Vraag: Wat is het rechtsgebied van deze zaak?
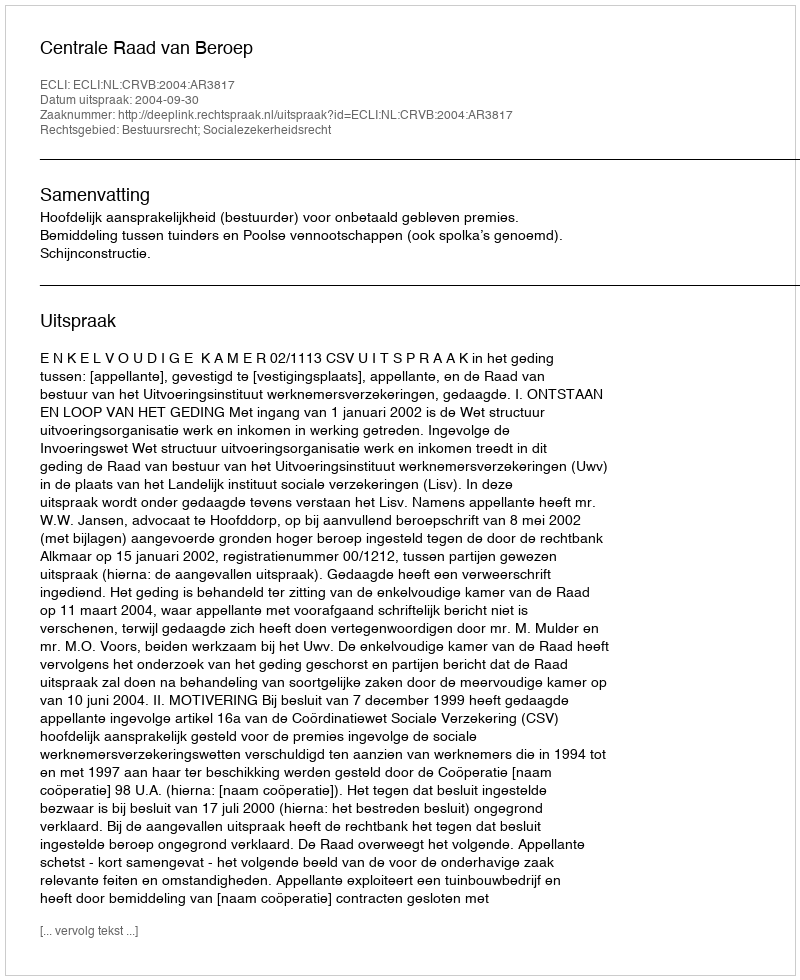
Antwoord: Bestuursrecht; Socialezekerheidsrecht